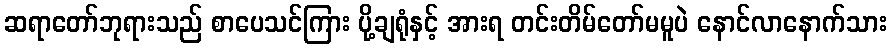
ဆရာတော်ဘုရားသည် စာပေသင်ကြား ပို့ချရုံနှင့် အားရ တင်းတိမ်တော်မမူပဲ နောင်လာနောက်သား